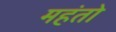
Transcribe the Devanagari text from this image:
महंतो